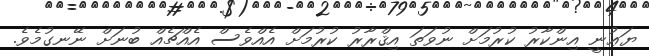
ޔަޢުނީ އިންކާރު ކުރުމަށް ނުވަތަ އިޤްރާރު ކުރުމަށް އެއްވެސް އެއްޗެއް ބުނަށް ނޭނގުމެވެ.